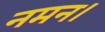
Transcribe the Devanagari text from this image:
नमन।